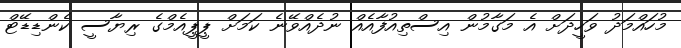
މުހައްމަދު ވަހީދަށް އެ މަގާމުން އިސްތިއުފާއެއް ނުދެއްވޭނެ ކަމަށް ޕީޕީއެމްގެ ރިޔާސީ ކެންޑިޑޭޓް